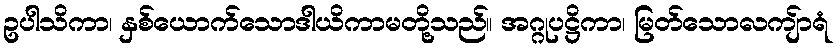
ဥပါသိကာ၊ နှစ်ယောက်သောဒါယိကာမတို့သည်။ အဂ္ဂုပဋ္ဌိကာ၊ မြတ်သောလကျ်ာရံ